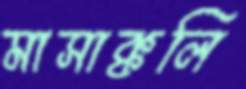
মাসাক্কলি